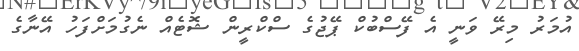
އުމަރު މިރޭ ވަނީ އެ ފޭސްބުކް ޕޭޖުގެ ސްކްރީން ޝޮޓެއް ނެގުމަށްފަހު އޭނާގެ